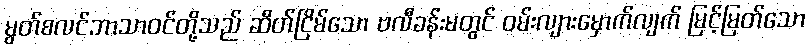
မွတ်စလင်ဘာသာဝင်တို့သည် ဆိတ်ငြိမ်သော ဗလီခန်းမတွင် ဝမ်းလျားမှောက်လျက် မြင့်မြတ်သော